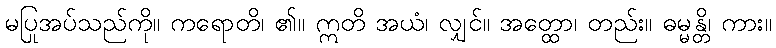
မပြုအပ်သည်ကို။ ကရောတိ၊ ၏။ ဣတိ အယံ၊ လျှင်။ အတ္ထော၊ တည်း။ ဓမ္မန္တိ၊ ကား။